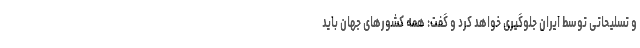
و تسلیحاتی توسط ایران جلوگیری خواهد کرد و گفت: همه کشورهای جهان باید